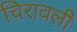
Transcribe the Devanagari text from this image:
चिरावली